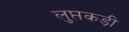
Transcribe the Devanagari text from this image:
लुप्तकड़ी